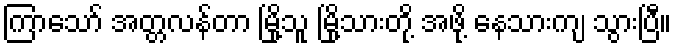
ကြာသော် အတ္တလန်တာ မြို့သူ မြို့သားတို့ အဖို့ နေသားကျ သွားပြီ။